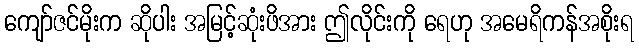
ကျော်ဇင်မိုးက ဆိုပါး အမြင့်ဆုံးဖိအား ဤလိုင်းကို ရေဟု အမေရိကန်အစိုးရ